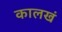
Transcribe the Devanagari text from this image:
कालखं